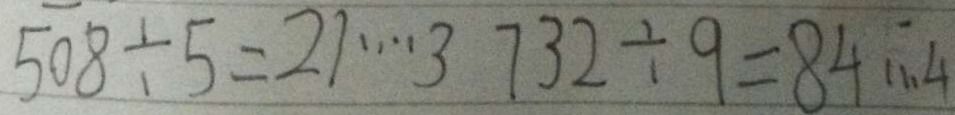
5 0 8 \div 5 = 2 1 \cdots 3 7 3 2 \div 9 = 8 4 \cdots 4